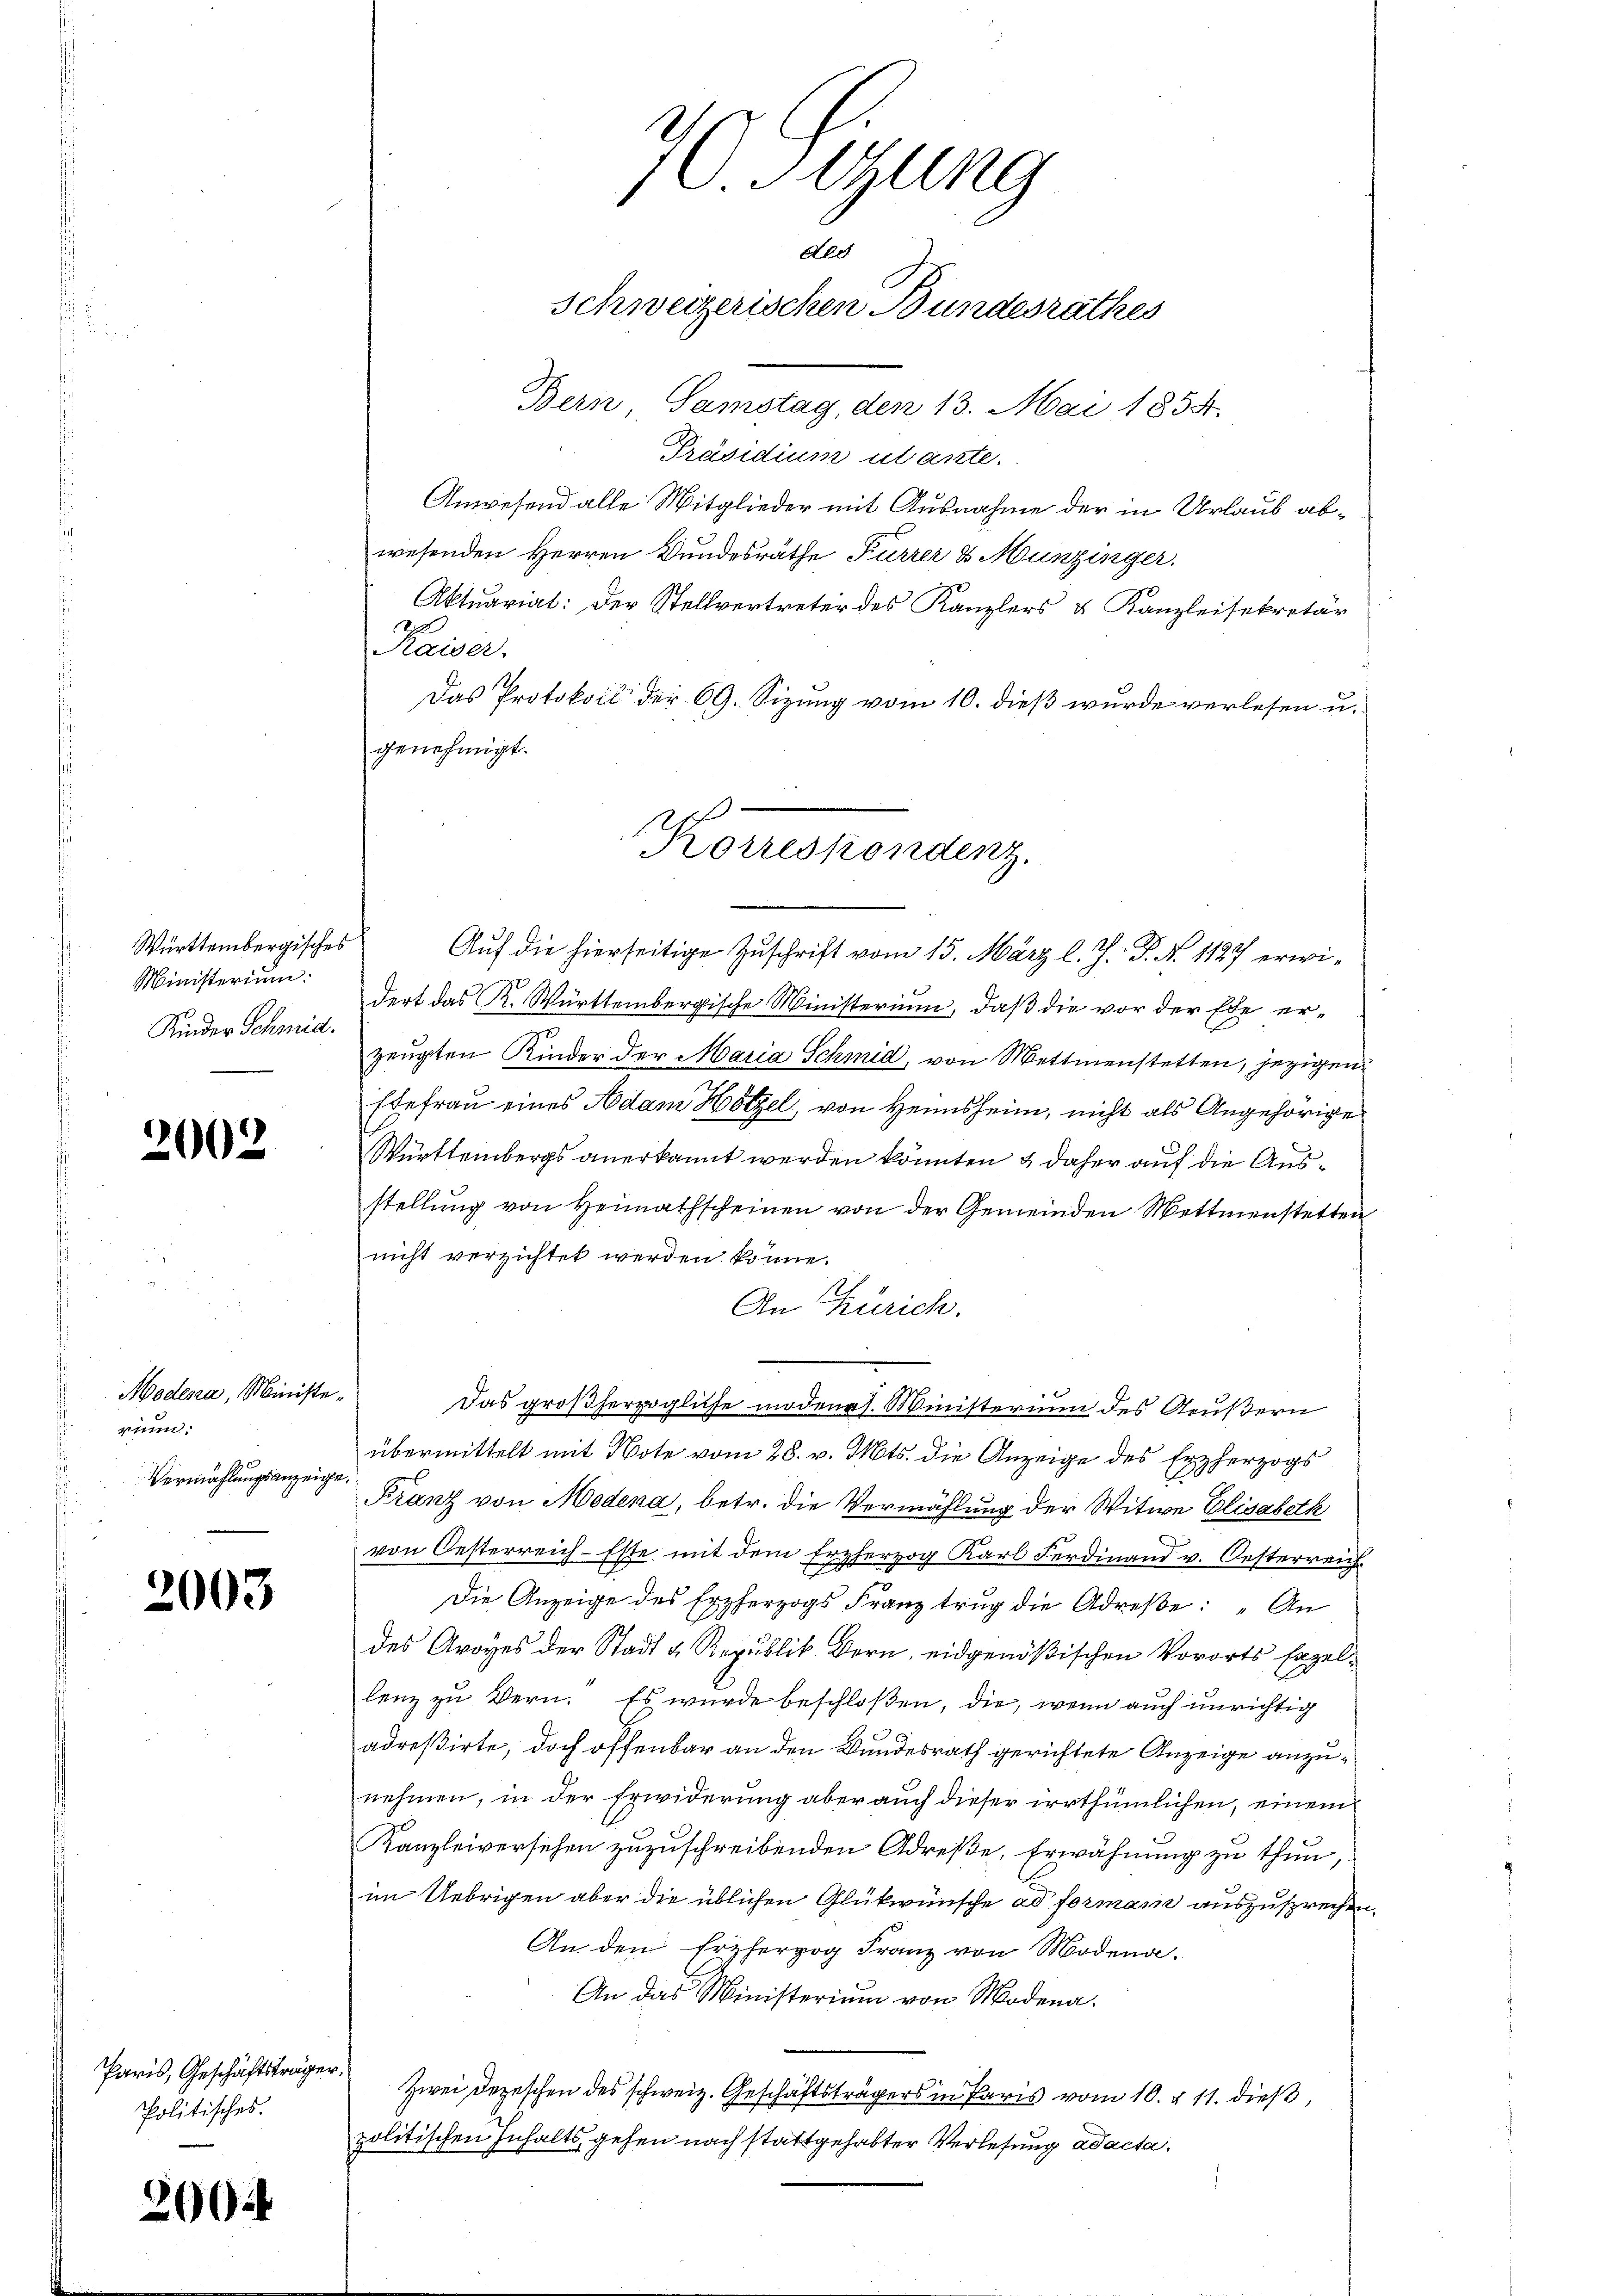
Württembergisches
Ministerium.
Kinder Schmid.

2002

Modena, Ministerinn
Vermählungsanzeig

2003

Paris, Geschäftsträge
Politisches.

2004

7 Sizung
dle
Schweizerischen Bundesrathes

Korrespondenz.
Auf die hierseitige Zuschrift vom 15. März l. J. P. N. 1127 erwi¬

Bern, Samstag, den 13. Mai 1858.
Präsidium utante.
Anwesend alle Mitglieder mit Ausnahme der in Urlaub abwesenden Herren Bundesräthe Furrer & Munzinger.
Aktuariat: Der Stellvertreter des Kanzlers & Kanzleisekretär
Kaiser.
Das Protokoll der 69. Sizung vom 10. dieß wurde verlesen u.
genehmigt.
dert das K. Württembergische Ministerium, daß die vor der Ehe erzeugten Kinder der Maria Schmid, von Mettmenstetten, jezigen
Ebefrau eines Adam Hötzel, von Heimsheim, nicht als Angehörige
Württembergs anerkannt werden könnten & daher auf die Ausstellung von Heimathscheinen von der Gemeinden Mettmenstetten
nicht verzichtet werden könne.
2
An Zürich.
Das großherzogliche modens. Ministerium des Aeußern
übermittelt mit Note vom 28. v. Mts. die Anzeige des Erzherzogs
Franz von Modena, betr. die Vermählung der Witwe Elisabeth
von Oesterreich-Este mit dem E
pherzog Karl Ferdinand v. Oesterreich
Die Anzeige des Erzherzogs Franz trug die Adrese: „An
des Avoyes der Stadt & Republik Bern, eidgenößischen Vororts Exzellenz zu Wern. Es wurde beschloßen, die, wenn auch unrichtig
adreßirte, doch offenbar an den Bundesrath gerichtete Anzeige anzunehmen, in der Erwiderung aber auch dieser irrthümlichen, einem
Kanzleiversehen zuzuschreibenden Adrese, Erwähnung zu thun,
im Uebrigen aber die üblichen Glükwünsche ad formani auszusprechen,
An den Erzherzog Franz von Modena.
An das Ministerium von Modena.
Zwei Depeschen des schweiz. Geschäftsträgers in Paris vom 10. § 11. dieß,
politischen Inhalts, gehen nach stattgehabter Verlesung ad acta.